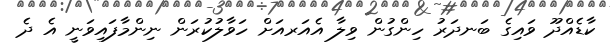
ކާޑެއްދޫ ވައިގެ ބަނދަރު ހިންގުން ވިލާ އެއަރއަށް ހަވާލުކުރަން ނިންމާފައިވަނީ އެ ދެ